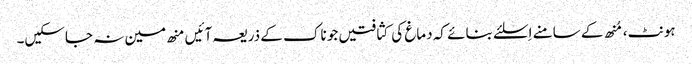
ہونٹ، مُنھ کے سامنے اِسلئے بنائے کہ دماغ کی کثافتیں جو ناک کے ذریعہ آئیں منھ مین نہ جاسکیں۔